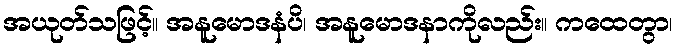
အယုတ်သဖြင့်။ အနူမောဒနံပိ၊ အနူမောဒနာကိုလည်း။ ကထေတွာ၊